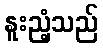
နူးညံ့သည်